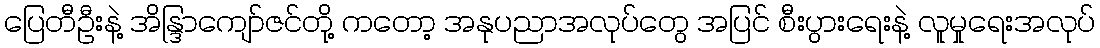
ပြေတီဦးနဲ့ အိန္ဒြာကျော်ဇင်တို့ ကတော့ အနုပညာအလုပ်တွေ အပြင် စီးပွားရေးနဲ့ လူမှုရေးအလုပ်